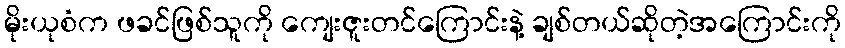
မိုးယုစံက ဖခင်ဖြစ်သူကို ကျေးဇူးတင်ကြောင်းနဲ့ ချစ်တယ်ဆိုတဲ့အကြောင်းကို